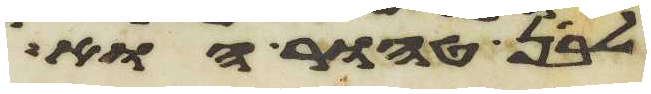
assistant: לבן טהור הוא